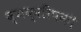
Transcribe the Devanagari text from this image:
व्यक्तींपकी